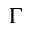
\Gamma